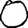
Digit: 0